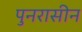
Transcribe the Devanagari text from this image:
पुनरासीन